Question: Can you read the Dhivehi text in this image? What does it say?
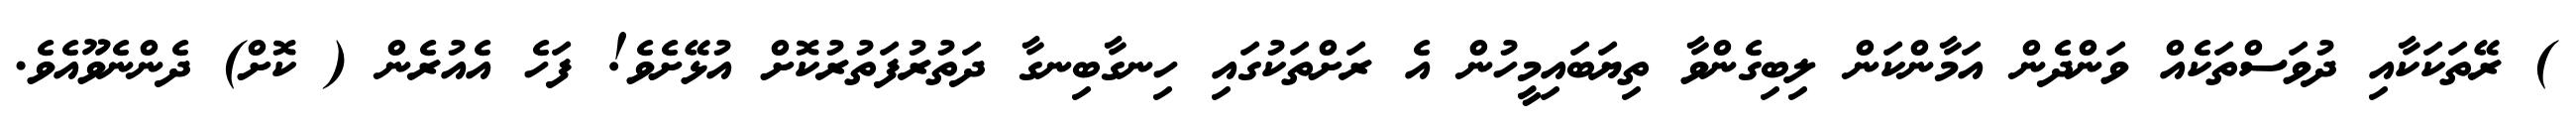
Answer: ) ރޭތަކަކާއި ދުވަސްތަކެއް ވަންދެން އަމާންކަން ލިބިގެންވާ ތިޔަބައިމީހުން އެ ރަށްތަކުގައި ހިނގާބިނގާ ދަތުރުފަތުރުކޮށް އުޅޭށެވެ! ފަހެ އެއުރެން ( ކޮށް) ދެންނެވޫއެވެ.